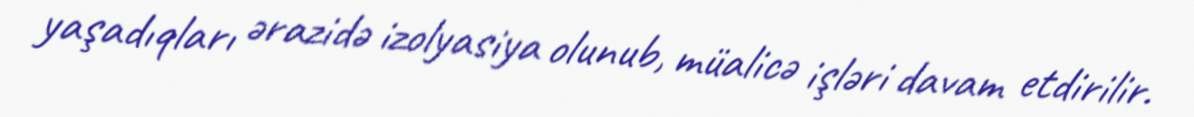
yaşadıqları ərazidə izolyasiya olunub, müalicə işləri davam etdirilir.